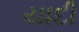
યાદી